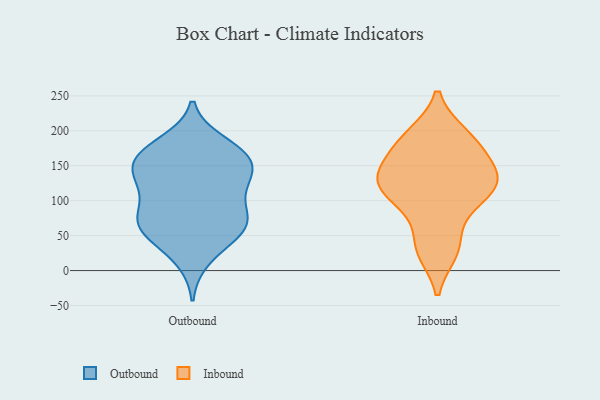
{"axis": {"x": "Budget (USD K)", "y": "Value"}, "legend": ["Inbound", "Outbound"], "data": [{"x": "", "y": 123, "type": "Outbound"}, {"x": "", "y": 74, "type": "Outbound"}, {"x": "", "y": 163, "type": "Outbound"}, {"x": "", "y": 160, "type": "Outbound"}, {"x": "", "y": 52, "type": "Outbound"}, {"x": "", "y": 47, "type": "Outbound"}, {"x": "", "y": 128, "type": "Outbound"}, {"x": "", "y": 75, "type": "Outbound"}, {"x": "", "y": 127, "type": "Outbound"}, {"x": "", "y": 63, "type": "Outbound"}, {"x": "", "y": 73, "type": "Outbound"}, {"x": "", "y": 172, "type": "Outbound"}, {"x": "", "y": 78, "type": "Outbound"}, {"x": "", "y": 182, "type": "Outbound"}, {"x": "", "y": 159, "type": "Outbound"}, {"x": "", "y": 123, "type": "Outbound"}, {"x": "", "y": 17, "type": "Outbound"}, {"x": "", "y": 156, "type": "Outbound"}, {"x": "", "y": 157, "type": "Inbound"}, {"x": "", "y": 27, "type": "Inbound"}, {"x": "", "y": 137, "type": "Inbound"}, {"x": "", "y": 122, "type": "Inbound"}, {"x": "", "y": 127, "type": "Inbound"}, {"x": "", "y": 35, "type": "Inbound"}, {"x": "", "y": 114, "type": "Inbound"}, {"x": "", "y": 170, "type": "Inbound"}, {"x": "", "y": 83, "type": "Inbound"}, {"x": "", "y": 194, "type": "Inbound"}, {"x": "", "y": 192, "type": "Inbound"}, {"x": "", "y": 117, "type": "Inbound"}]}